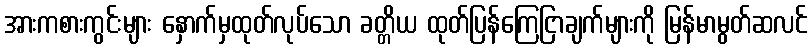
အားကစားကွင်းများ နှောက်မှထုတ်လုပ်သော ခတ္တိယ ထုတ်ပြန်ကြေငြာချက်များကို မြန်မာမွတ်ဆလင်